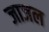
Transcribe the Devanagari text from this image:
जाजल